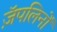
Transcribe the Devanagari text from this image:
ज़ॅपलिनों